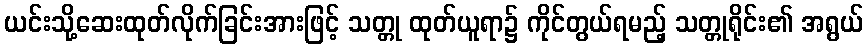
ယင်းသို့ဆေးထုတ်လိုက်ခြင်းအားဖြင့် သတ္တု ထုတ်ယူရာ၌ ကိုင်တွယ်ရမည့် သတ္တုရိုင်း၏ အရွယ်